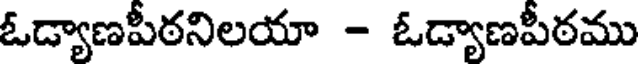
ఓడ్యాణపీఠనిలయా - ఓడ్యాణపీఠము